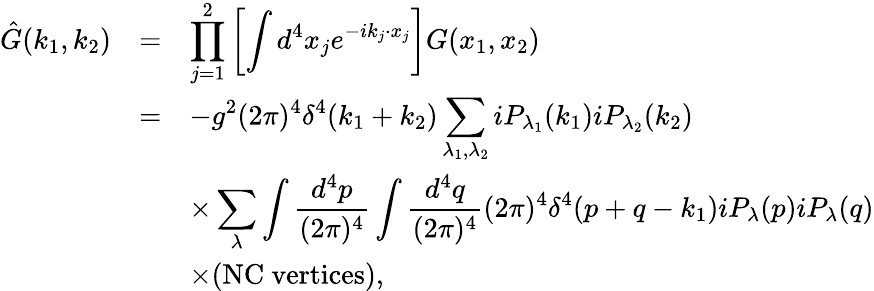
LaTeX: \begin{array}{rcl}{{\hat{G}(k_{1},k_{2})}}&{{=}}&{{\displaystyle\prod_{j=1}^{2}\left[\int d^{4}x_{j}e^{-ik_{j}\cdot x_{j}}\right]G(x_{1},x_{2})}}\\ {{}}&{{=}}&{{\displaystyle-g^{2}(2\pi)^{4}\delta^{4}(k_{1}+k_{2})\sum_{\lambda_{1},\lambda_{2}}iP_{\lambda_{1}}(k_{1})iP_{\lambda_{2}}(k_{2})}}\\ {{}}&{{}}&{{\displaystyle\times\sum_{\lambda}\int\frac{d^{4}p}{(2\pi)^{4}}\int\frac{d^{4}q}{(2\pi)^{4}}(2\pi)^{4}\delta^{4}(p+q-k_{1})iP_{\lambda}(p)iP_{\lambda}(q)}}\\ {{}}&{{}}&{{\times(\mathrm{NC~vertices}),}}\end{array}